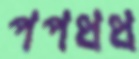
পপধধ